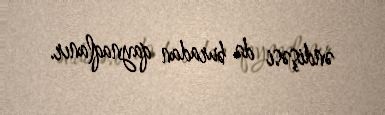
əndişəsi də buradan qaynaqlanır.